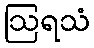
ဩရသံ